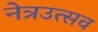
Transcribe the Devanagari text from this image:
नेत्रउत्सव